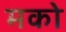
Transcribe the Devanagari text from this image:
मको